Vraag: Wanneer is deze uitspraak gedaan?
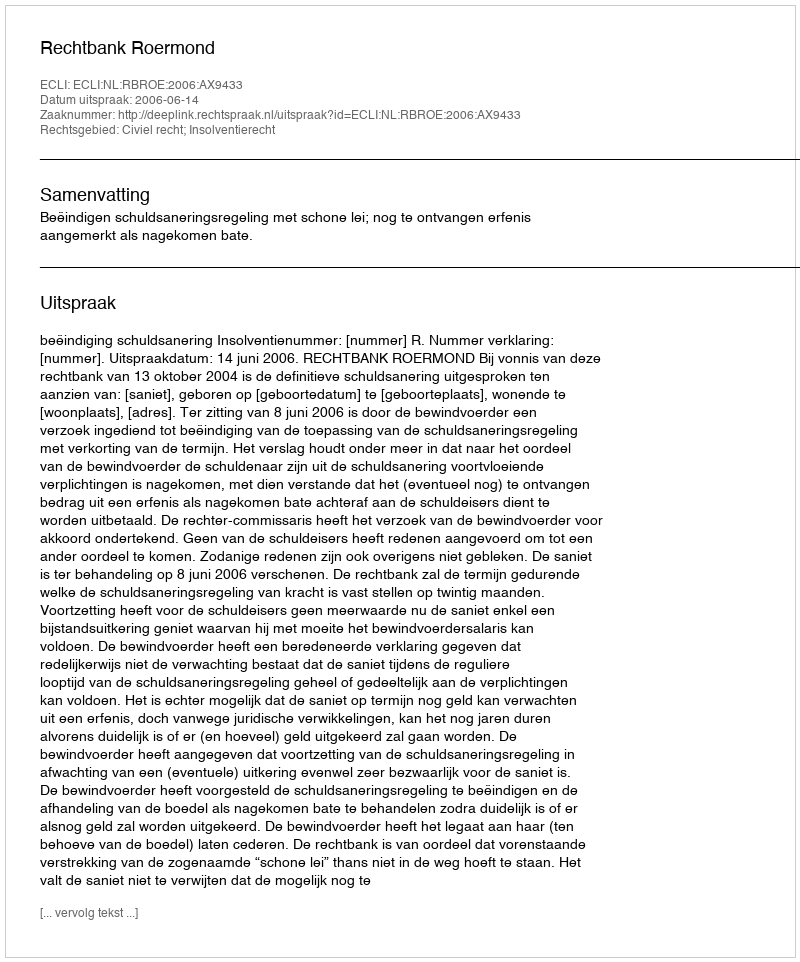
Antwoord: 2006-06-14